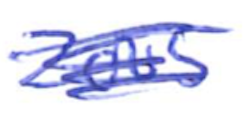
Text: 2005
Cross-out: scratch
Writing tool: ballpoint